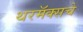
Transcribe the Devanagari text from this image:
थरमॅक्सचे